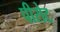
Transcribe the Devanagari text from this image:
पीरोट